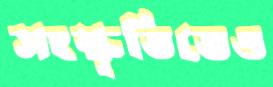
সংস্কৃতিতেও